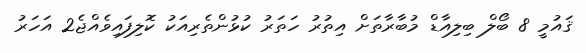
ޤައުމީ 8 ބޯލް ބިލިއާޑް މުބާރާތަށް އިތުރު ހަތަރު ކުޅުންތެރިއަކު ކޮލިފައިވެއްޖެ2 އަހަރު